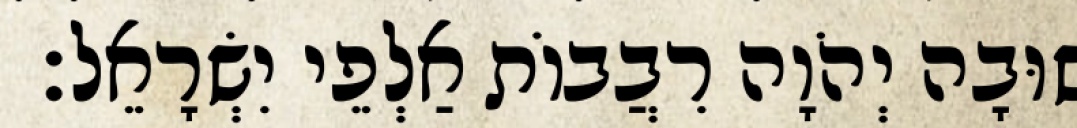
שׁוּבָה יְהֹוָה רִבֲבוֹת אַלְפֵי יִשְׂרָאֵל׃